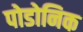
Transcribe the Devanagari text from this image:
पोडोनिक